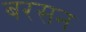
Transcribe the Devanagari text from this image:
बरसन